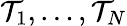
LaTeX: \mathcal{T}_{1},\dots,\mathcal{T}_{N}